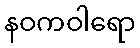
နဝကဝါရော